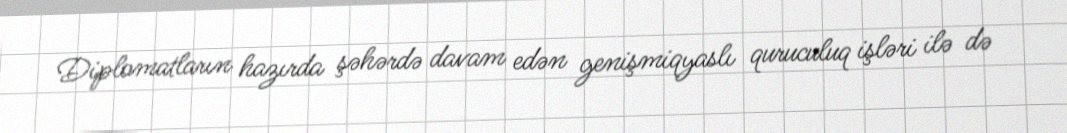
Diplomatların hazırda şəhərdə davam edən genişmiqyaslı quruculuq işləri ilə də